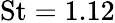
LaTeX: \textrm{St}=1.12